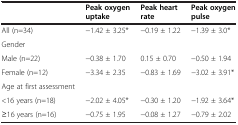
<table><thead><tr><td><b> </b></td><td><b>Peak oxygen uptake</b></td><td><b>Peak heart rate</b></td><td><b>Peak oxygen pulse</b></td></tr></thead><tbody><tr><td>All (n=34)</td><td>−1.42 ± 3.25*</td><td>−0.19 ± 1.22</td><td>−1.39 ± 3.0*</td></tr><tr><td>Gender</td><td> </td><td> </td><td> </td></tr><tr><td>Male (n=22)</td><td>−0.38 ± 1.70</td><td>0.15 ± 0.70</td><td>−0.50 ± 1.94</td></tr><tr><td>Female (n=12)</td><td>−3.34 ± 2.35</td><td>−0.83 ± 1.69</td><td>−3.02 ± 3.91*</td></tr><tr><td>Age at first assessment</td><td> </td><td> </td><td> </td></tr><tr><td>&lt;16 years (n=18)</td><td>−2.02 ± 4.05*</td><td>−0.30 ± 1.20</td><td>−1.92 ± 3.64*</td></tr><tr><td>≥16 years (n=16)</td><td>−0.75 ± 1.95</td><td>−0.08 ± 1.27</td><td>−0.79 ± 2.02</td></tr></tbody></table>